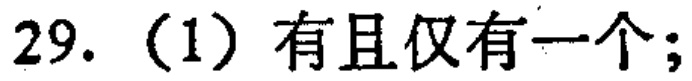
29.（1）有且仅有一个；